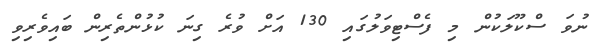
ނުވަ ސްކޫލަކުން މި ފެސްޓިވަލުގައި 130 އަށް ވުރެ ގިނަ ކުޅުންތެރިން ބައިވެރިވި